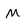
Character: M